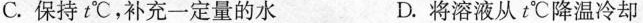
C.保持t℃，补充一定量的水 D.将溶液从t℃降温冷却